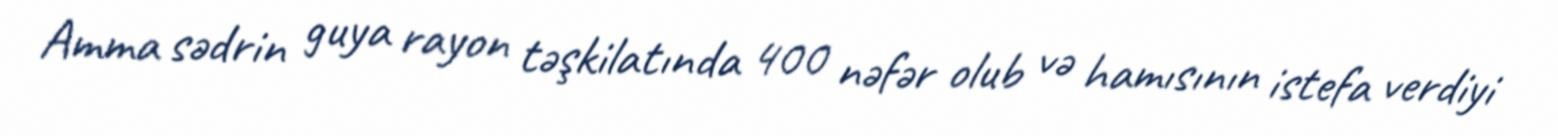
Amma sədrin guya rayon təşkilatında 400 nəfər olub və hamısının istefa verdiyi